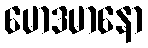
မောဒမာနော